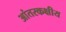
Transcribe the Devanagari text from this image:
आंतरकक्षीय